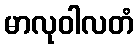
မာလုဝါလတံ